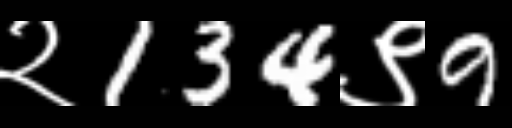
Text: २134९9